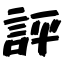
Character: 評